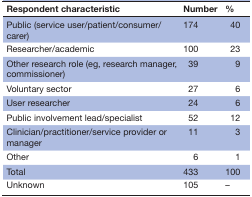
| Respondent characteristic | Number | % |
 | --- | --- | --- |
 | Public (service user/patient/consumer/carer) | 174 | 40 |
 | Researcher/academic | 100 | 23 |
 | Other research role (eg, research manager, commissioner) | 39 | 9 |
 | Voluntary sector | 27 | 6 |
 | User researcher | 24 | 6 |
 | Public involvement lead/specialist | 52 | 12 |
 | Clinician/practitioner/service provider or manager | 11 | 3 |
 | Other | 6 | 1 |
 | Total | 433 | 100 |
 | Unknown | 105 | – |